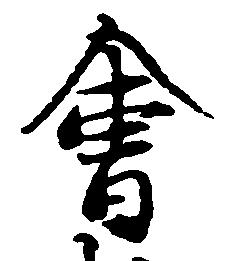
会